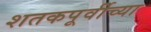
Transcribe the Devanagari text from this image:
शतकपूर्वीच्या